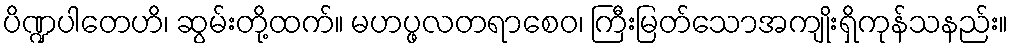
ပိဏ္ဍပါတေဟိ၊ ဆွမ်းတို့ထက်။ မဟပ္ဖလတရာစေဝ၊ ကြီးမြတ်သောအကျိုးရှိကုန်သနည်း။